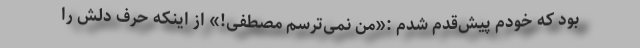
بود که خودم پیش‌قدم شدم :«من نمی‌ترسم مصطفی!» از اینکه حرف دلش را